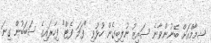
ޝިމާމްއަށް ބޭނުންވާނެ ސައިޒު ނުލިބިގެން ހުޅުވި "ފަލަ ފެޓް" ފިހާރައިގެ ސަބަބުން ގިނަ